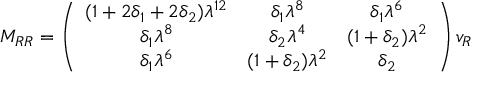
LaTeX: M _ { R R } = \left( \begin{array} { c c c } { { ( 1 + 2 \delta _ { 1 } + 2 \delta _ { 2 } ) \lambda ^ { 1 2 } } } & { { \delta _ { 1 } \lambda ^ { 8 } } } & { { \delta _ { 1 } \lambda ^ { 6 } } } \\ { { \delta _ { 1 } \lambda ^ { 8 } } } & { { \delta _ { 2 } \lambda ^ { 4 } } } & { { ( 1 + \delta _ { 2 } ) \lambda ^ { 2 } } } \\ { { \delta _ { 1 } \lambda ^ { 6 } } } & { { ( 1 + \delta _ { 2 } ) \lambda ^ { 2 } } } & { { \delta _ { 2 } } } \end{array} \right) v _ { R }